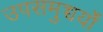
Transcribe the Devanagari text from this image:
उपसमुच्चर्यों